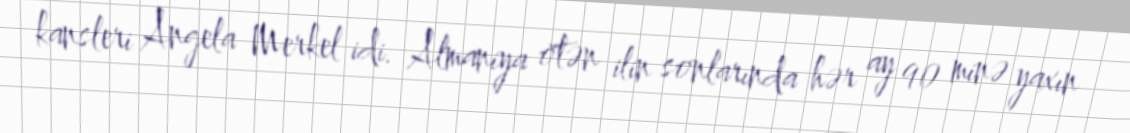
kansleri Angela Merkel idi. Almaniya ötən ilin sonlarında hər ay 90 minə yaxın